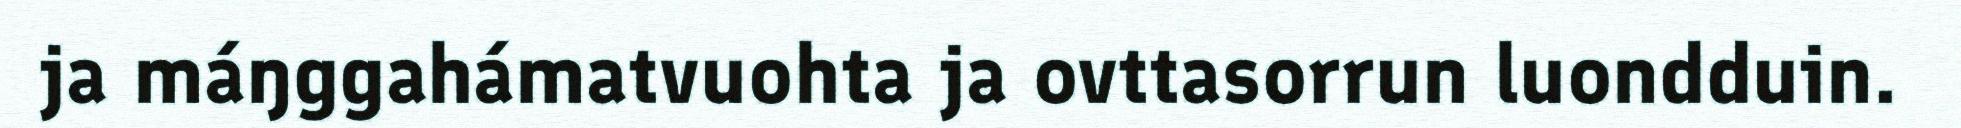
ja máŋggahámatvuohta ja ovttasorrun luondduin.